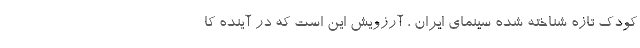
کودک تازه شناخته شده سینمای ایران ، آرزویش این است که در آینده کا